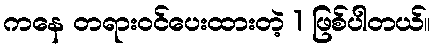
ကနေ တရားဝင်ပေးထားတဲ့ 1 ဖြစ်ပါတယ်။